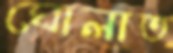
ঘোলাত